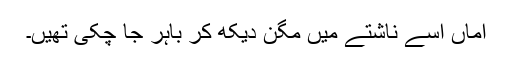
اماں اسے ناشتے میں مگن دیکھ کر باہر جا چکی تھیں۔